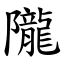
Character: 隴